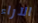
الآراء